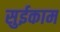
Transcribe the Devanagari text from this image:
सुईकाम